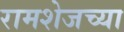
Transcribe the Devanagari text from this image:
रामशेजच्या